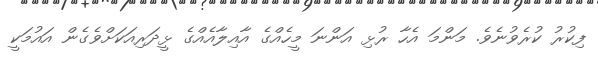
ފިކުރު ކުރެވުނެވެ. މަންމަ އެހާ ރުޅި އަންނަ މީހެއްގެ އާއިލާއެއްގެ ޅީދަރިއަކަށްވެގެން އައުމަކީ